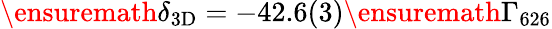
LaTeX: \ensuremath{\delta_{\mathrm{3D}}}=-42.6(3)\ensuremath{\Gamma_{626}}